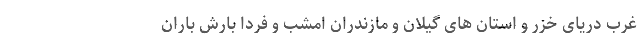
غرب دریای خزر و استان های گیلان و مازندران امشب و فردا بارش باران